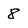
Character: 8